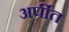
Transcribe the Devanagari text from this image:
अर्पीत